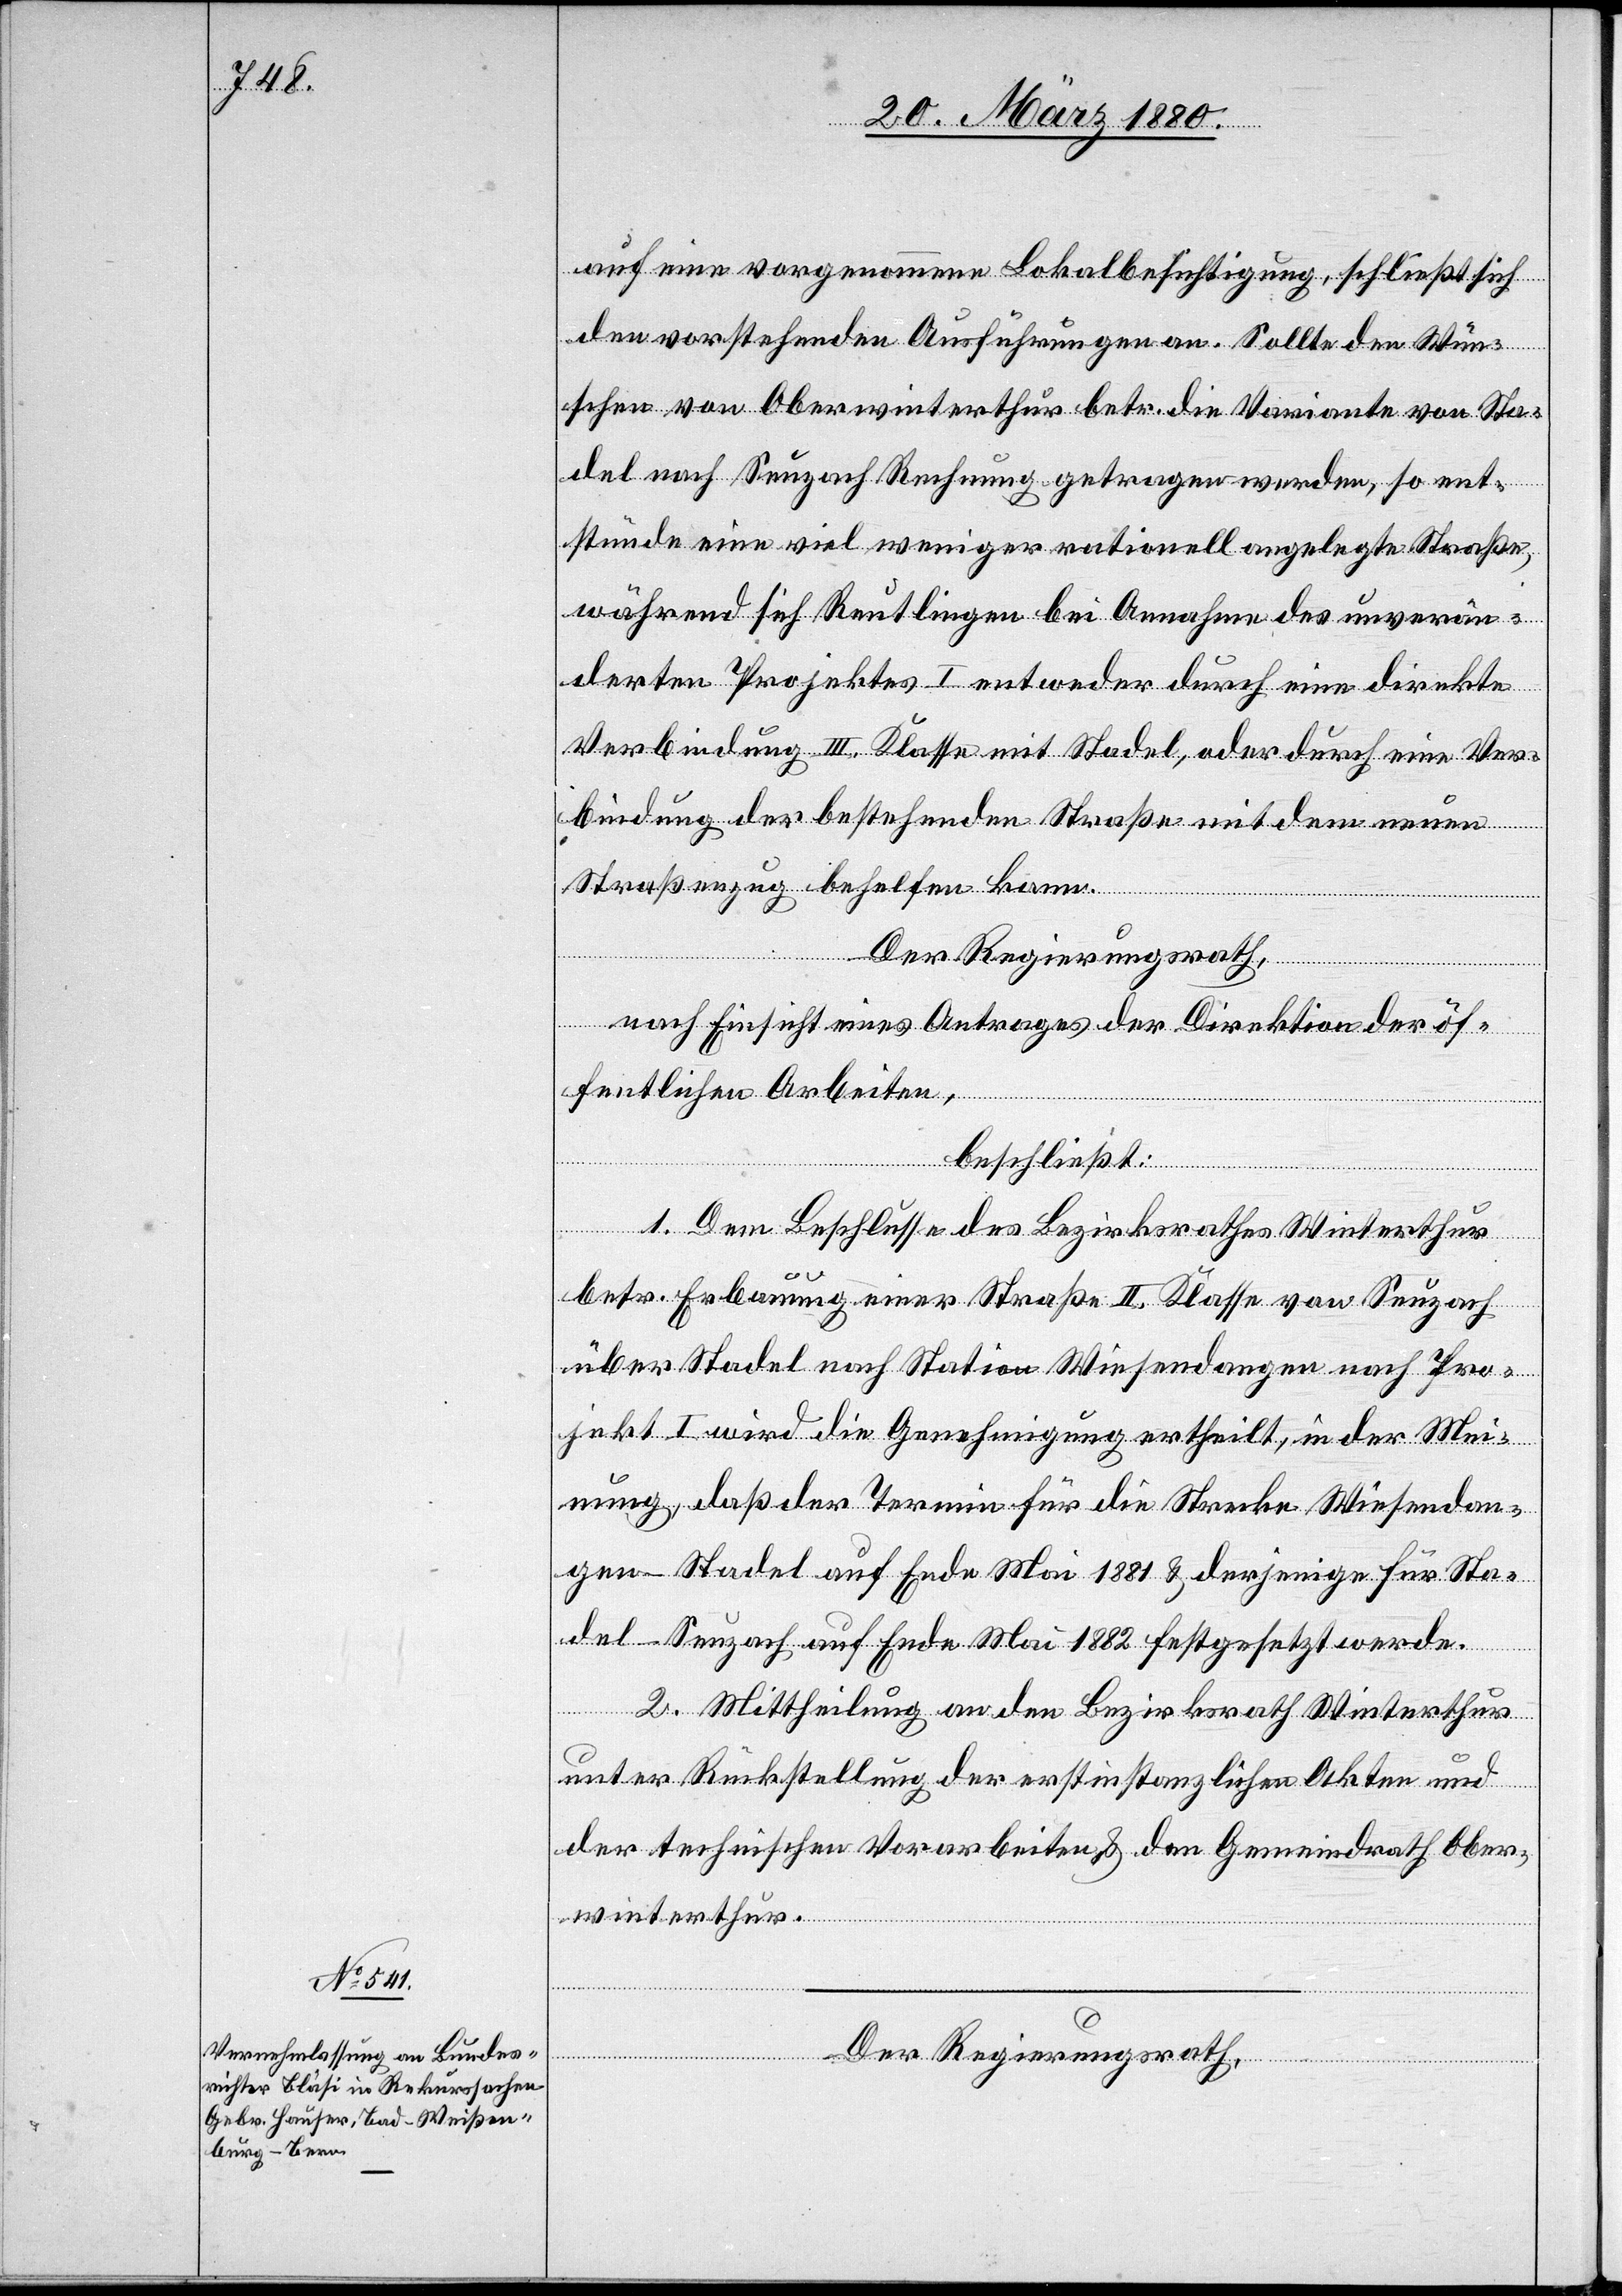
auf eine vorgenommene Lokalbesichtigung, schließt sich
den vorstehenden Ausführungen an. Sollte den Wün¬
schen von Oberwinterthur betr. die Variante von Sta¬
del nach Seuzach Rechnung getragen werden, so ent¬
stünde eine viel weniger rationell angelegte Straße,
während sich Reutlingen bei Annahme des unverän¬
derten Projektes I entweder durch eine direkte
Verbindung III. Klasse mit Stadel, oder durch eine Ver¬
bindung der bestehenden Straße mit dem neuen
Straßenzug behelfen kann.
Der Regierungsrath,
nach Einsicht eines Antrages der Direktion der öf¬
fentlichen Arbeiten,
beschließt:
1. Dem Beschlusse des Bezirksrathes Winterthur
betr. Erbauung einer Straße II. Klasse von Seuzach
über Stadel nach Station Wiesendangen nach Pro¬
jekt I wird die Genehmigung ertheilt, in der Mei¬
nung, daß der Termin für die Strecke Wiesendan¬
gen–Stadel auf Ende Mai 1881 & derjenige für Sta¬
del–Seuzach auf Ende Mai 1882 festgesetzt werde.
2. Mittheilung an den Bezirksrath Winterthur
unter Rückstellung der erstinstanzlichen Akten und
der technischen Vorarbeiten & den Gemeindrath Ober¬
winterthur.
Der Regierungsrath,